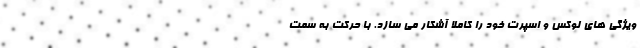
ویژگی های لوکس و اسپرت خود را کاملا آشکار می سازد. با حرکت به سمت